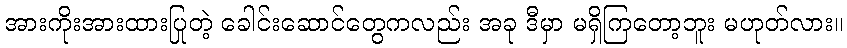
အားကိုးအားထားပြုတဲ့ ခေါင်းဆောင်တွေကလည်း အခု ဒီမှာ မရှိကြတော့ဘူး မဟုတ်လား။